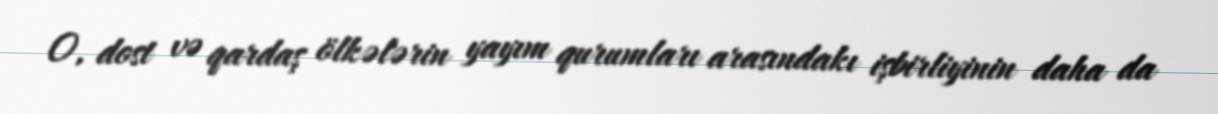
O, dost və qardaş ölkələrin yayım qurumları arasındakı işbirliyinin daha da